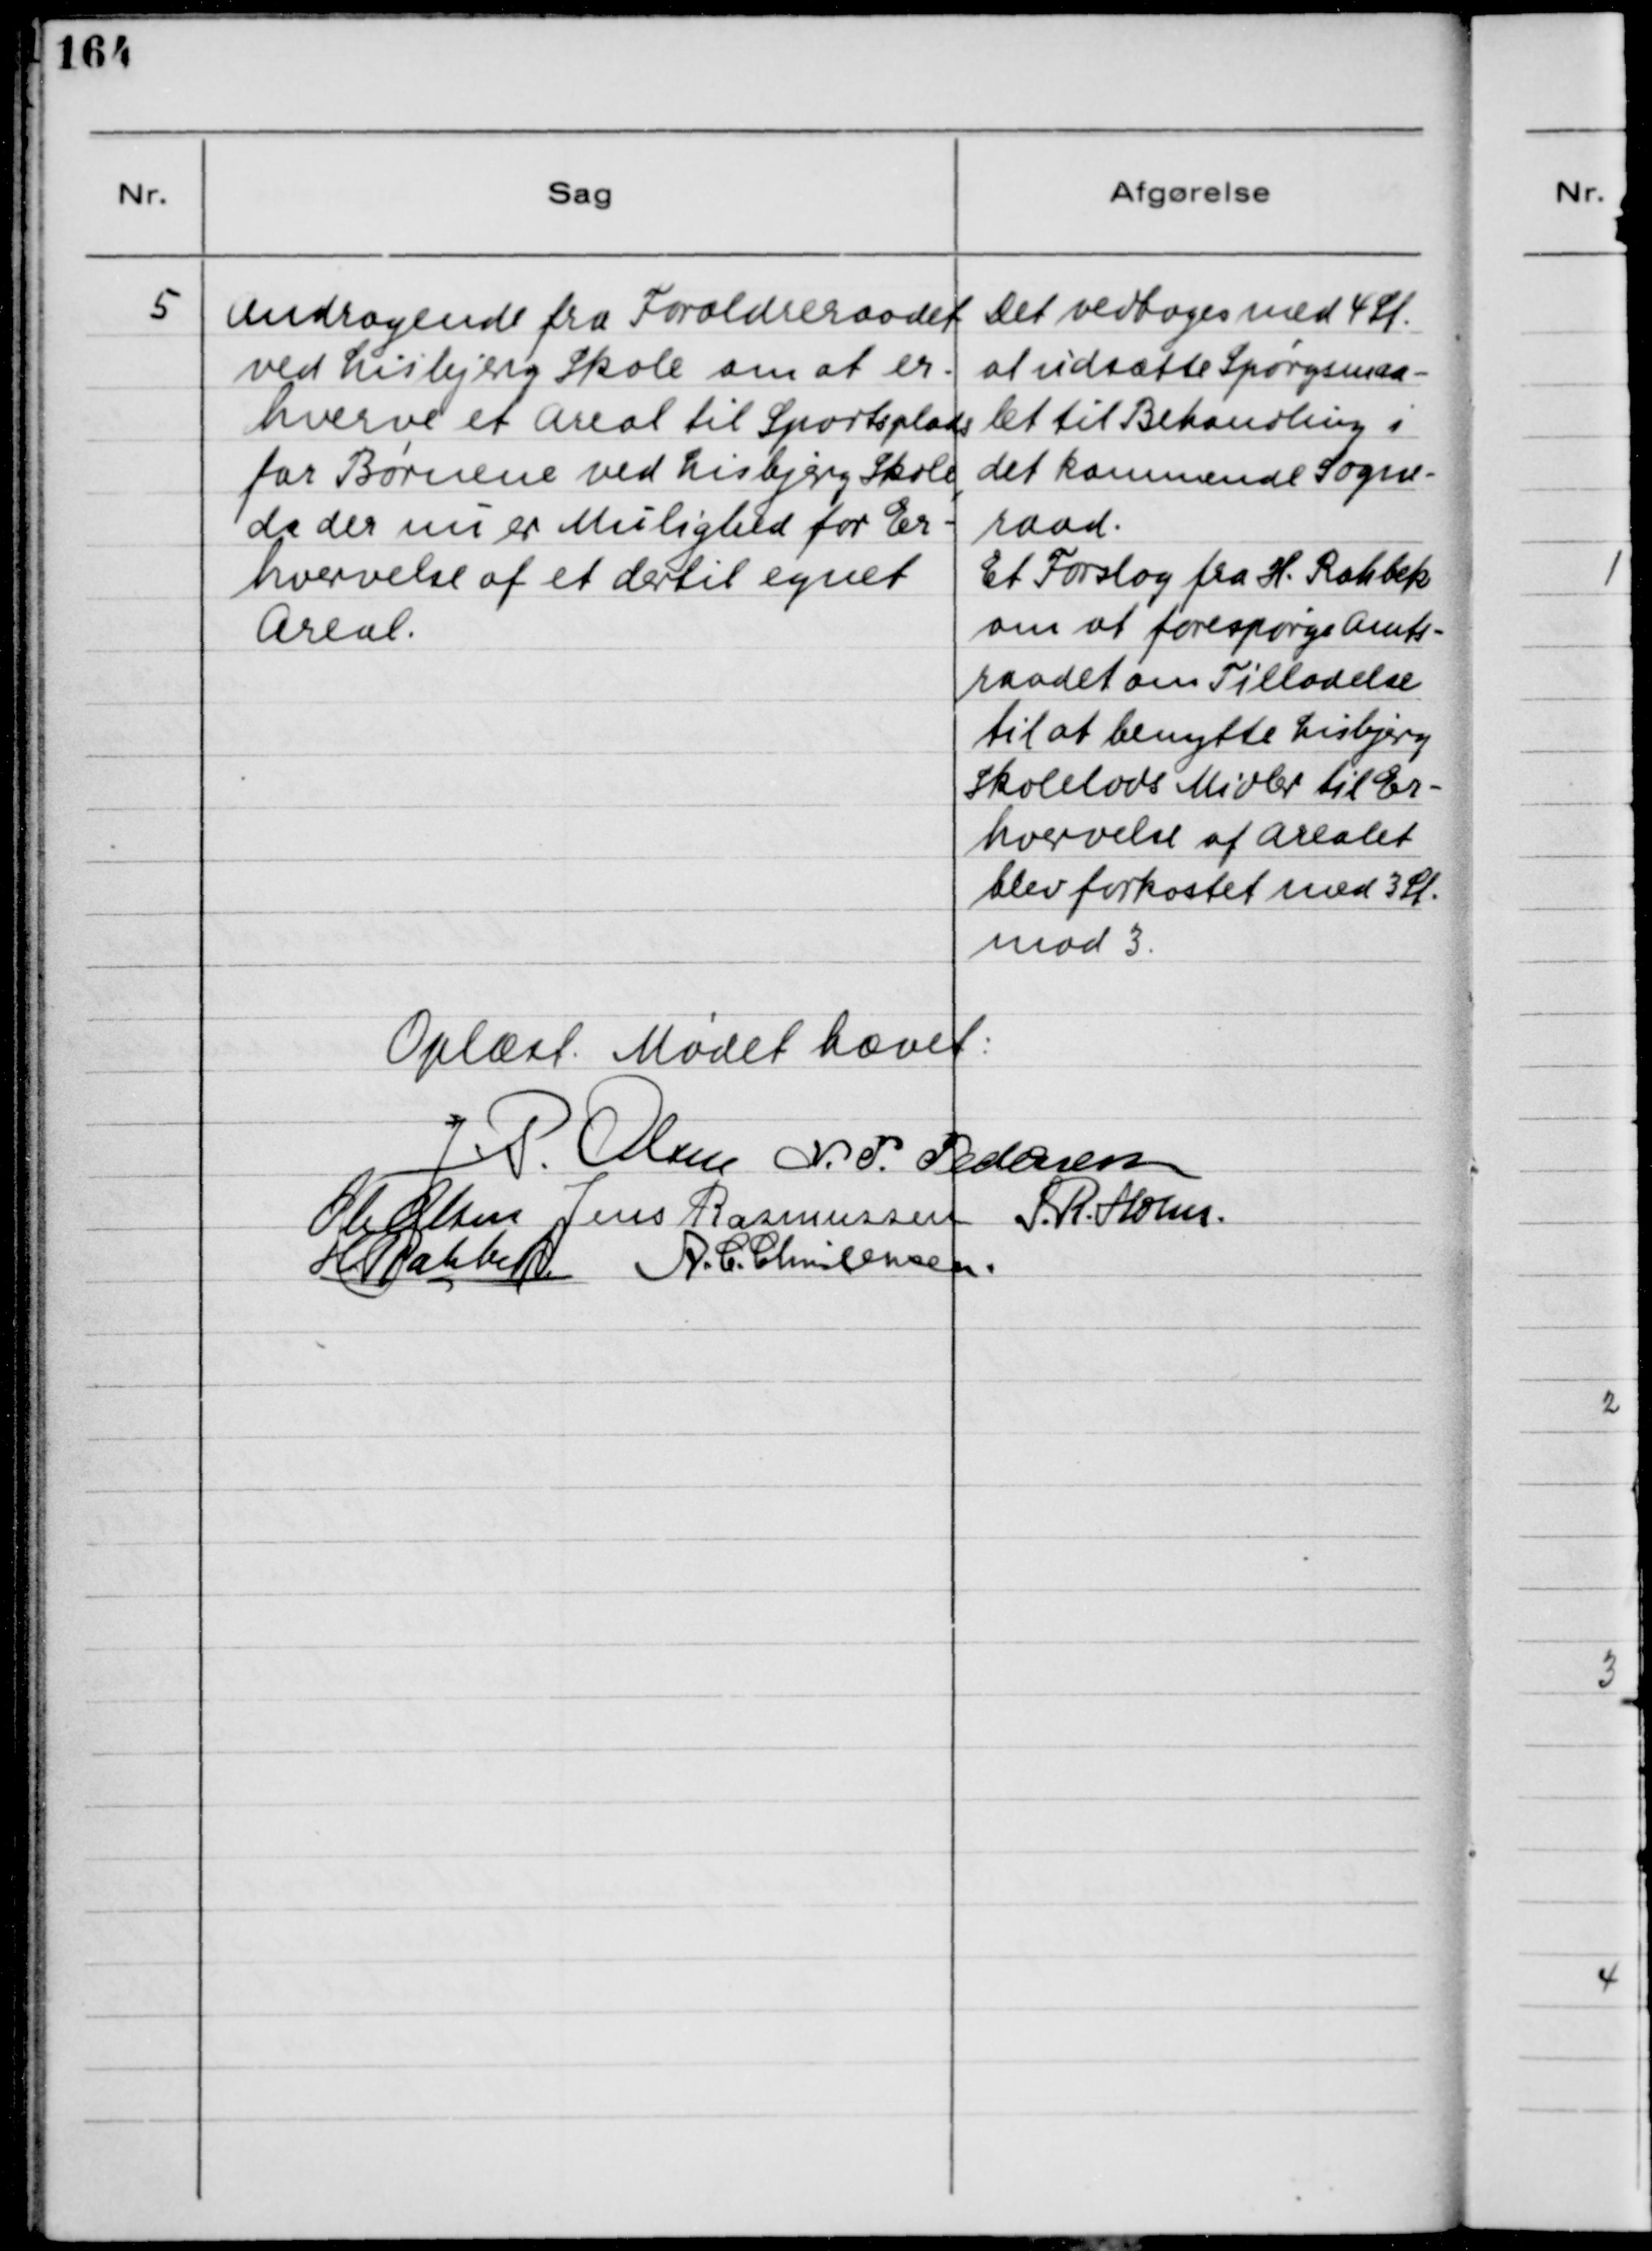
Transskription:
5
Andragende fra Forældreraadet
ved Lisbjerg Skole om at er-
hverve et Areal til Sportsplads
for Børnene ved Lisbjerg Skole,
da der nu er Mulighed for Er-
hvervelse af et dertil egnet
Areal.
Det vedtoges med 4 St.
at udsætte Spørgsmaa-
let til Behandling i
det kommende Sogne-
raad.
Et Forslag fra H. Rahbek
om at forespørge Amts-
raadet om Tilladelse
til at benytte Lisbjerg
Skolelods Midler til Er-
hvervelse af Arealet
blev forkastet med 3 St.
mod 3.
Oplæst. Mødet hævet.
J.P. Olsen
N.P. Pedersen
Ole Olsen
Jens Rasmussen
S.R. Holm
H. Rahbek
A.C. Christensen